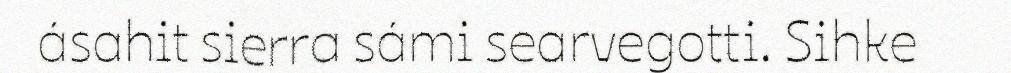
ásahit sierra sámi searvegotti. Sihke